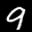
Label: 9